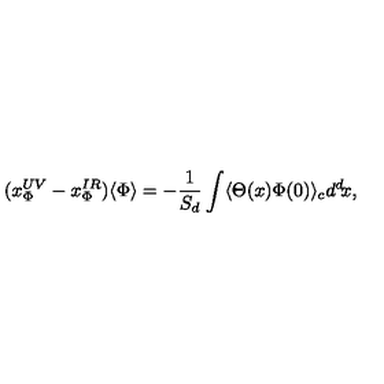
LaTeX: ( x _ { \Phi } ^ { U V } - x _ { \Phi } ^ { I R } ) \langle \Phi \rangle = - { \frac { 1 } { S _ { d } } } \int \langle \Theta ( x ) \Phi ( 0 ) \rangle _ { c } d ^ { d } \! x ,